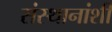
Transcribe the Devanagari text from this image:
संस्थानांशी